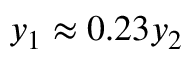
y _ { 1 } \approx 0 . 2 3 y _ { 2 }